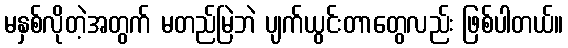
မနှစ်လိုတဲ့အတွက် မတည်မြဲဘဲ ပျက်ယွင်းတာတွေလည်း ဖြစ်ပါတယ်။